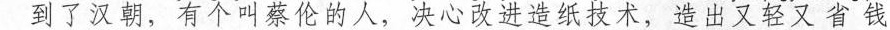
到了汉朝，有个叫蔡伦的人，决心改进造纸技术，造出又轻又省钱